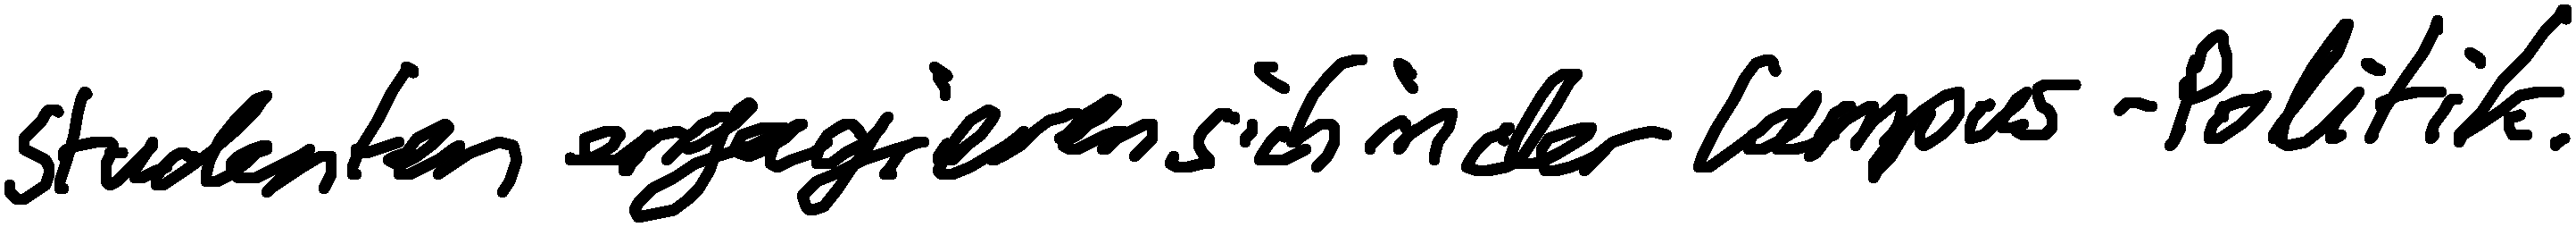
Studenten engagieren sich in der Campus-Politik.